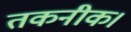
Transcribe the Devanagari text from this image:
तकनीक।